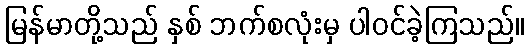
မြန်မာတို့သည် နှစ် ဘက်စလုံးမှ ပါဝင်ခဲ့ကြသည်။